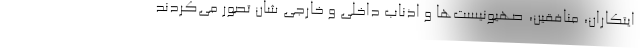
ایتکاران، منافقین، صهیونیست‌ها و اذناب داخلی و خارجی شان تصور می‌کردند